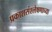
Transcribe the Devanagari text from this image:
प्रकाशसंश्लेषणाच्या